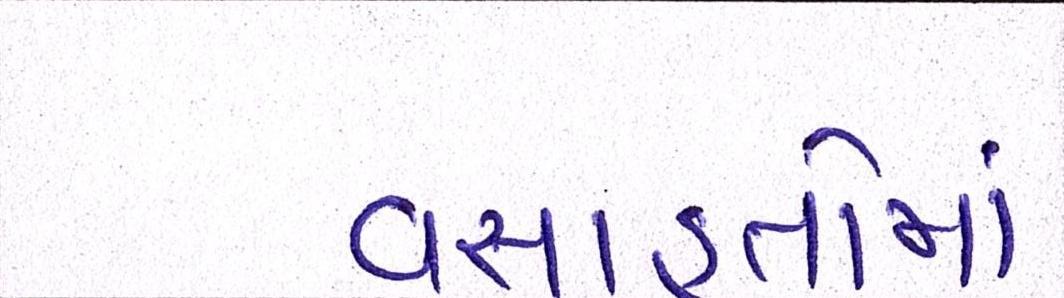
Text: વસાહતોમાં